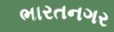
ભારતનગર